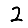
Digit: 2